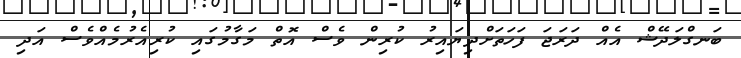
ބަނގްލަދޭޝް އެއް ދަރަޖަ ފަހަތަށްދިޔައިރު ކުރިން ވެސް އޮތް މަގާމުގައި ކުރިއެރުމެއްވެސް އަދި